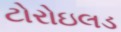
ટોરોઇલડ